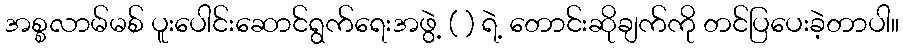
အစ္စလာမ်မစ် ပူးပေါင်းဆောင်ရွက်ရေးအဖွဲ့ ( ) ရဲ့ တောင်းဆိုချက်ကို တင်ပြပေးခဲ့တာပါ။